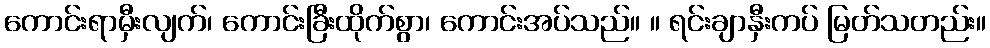
ကောင်းရာမှီးလျက်၊ ကောင်းခြီးထိုက်စွာ၊ ကောင်းအပ်သည်။ ။ ရင်းချာနှီးကပ် မြတ်သတည်း။